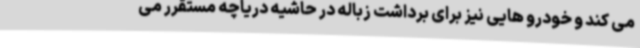
می کند و خودرو هایی نیز برای برداشت زباله در حاشیه دریاچه مستقرر می